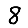
Digit: 8